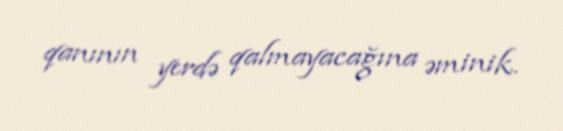
qanının yerdə qalmayacağına əminik.